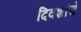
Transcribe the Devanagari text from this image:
दिवशांचे